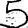
Digit: 5